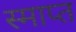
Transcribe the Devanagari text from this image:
स्माप्त